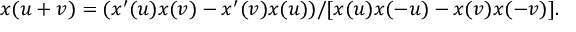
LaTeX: x ( u + v ) = ( x ^ { \prime } ( u ) x ( v ) - x ^ { \prime } ( v ) x ( u ) ) / [ x ( u ) x ( - u ) - x ( v ) x ( - v ) ] .